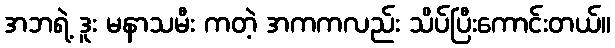
အဘရဲ့ ဒူး မနာသမီး ကတဲ့ အကကလည်း သိပ်ပြီးကောင်းတယ်။